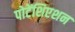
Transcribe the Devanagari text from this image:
पोटेंशिएशन